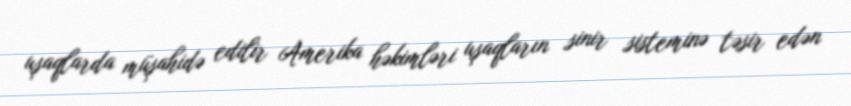
uşaqlarda müşahidə edilir Amerika həkimləri uşaqların sinir sisteminə təsir edən